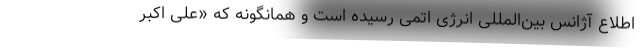
اطلاع آژانس بین‌المللی انرژی اتمی رسیده است و همانگونه که «علی اکبر